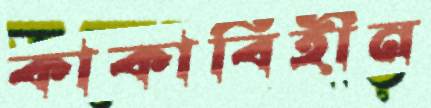
কাকাবিহীন